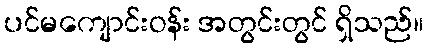
ပင်မကျောင်းဝန်း အတွင်းတွင် ရှိသည်။